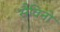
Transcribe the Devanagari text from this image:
सैविनो